Annual statistical returns and brief notes on vaccination in Bengal - 1887-1898
Year: 1887
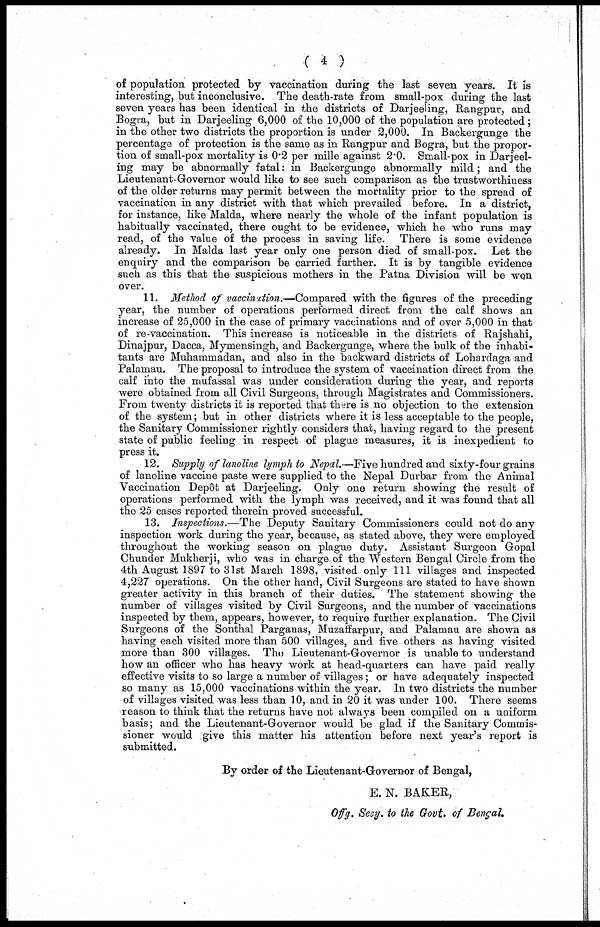
(4)
of population protected by vaccination during the last seven years. It is
interesting, but inconclusive. The death-rate from small-pox during the last
seven years has been identical in the districts of Darjeeling, Rangpur, and
Bogra, but in Darjeeling 6,000 of the 10,000 of the population are protected;
in the other two districts the proportion is under 2,000. In Backergunge the
percentage of protection is the same as in Rangpur and Bogra, but the propor-
tion of small-pox mortality is 0.2 per mille against 2.0. Small-pox in Darjeel-
ing may be abnormally fatal: in Backergunge abnormally mild; and the
Lieutenant Governor would like to see such comparison as the trustworthiness
of the older returns may permit between the mortality prior to the spread of
vaccination in any district with that which prevailed before. In a district,
for instance, like Malda, where nearly the whole of the infant population is
habitually vaccinated, there ought to be evidence, which he who runs may
read, of the value of the process in saving life. There is some evidence
already. In Malda last year only one person died of small-pox. Let the
enquiry and the comparison be carried further. It is by tangible evidence
such as this that the suspicious mothers in the Patna Division will be won
over.
11. Method of vaccination.—Compared with the figures of the preceding
year, the number of operations performed direct from the calf shows an
increase of 25,000 in the case of primary vaccinations and of over 5,000 in that
of re-vaccination. This increase is noticeable in the districts of Rajshahi,
Dinajpur, Dacca, Mymensingh, and Backergunge, where the bulk of the inhabi-
tants are Muhammadan, and also in the backward districts of Lohardaga and
Palamau. The proposal to introduce the system of vaccination direct from the
calf into the mufassal was under consideration during the year, and reports
were obtained from all Civil Surgeons, through Magistrates and Commissioners.
From twenty districts it is reported that there is no objection to the extension
of the system; but in other districts where it is less acceptable to the people,
the Sanitary Commissioner rightly considers that, having regard to the present
state of public feeling in respect of plague measures, it is inexpedient to
press it.
12. Supply of lanoline lymph to Nepal.—Five hundred and sixty-four grains
of lanoline vaccine paste were supplied to the Nepal Durbar from the Animal
Vaccination Depôt at Darjeeling. Only one return showing the result of
operations performed with the lymph was received, and it was found that all
the 25 cases reported therein proved successful.
13. Inspections.—The Deputy Sanitary Commissioners could not do any
inspection work during the year, because, as stated above, they were employed
throughout the working season on plague duty. Assistant Surgeon Gopal
Chunder Mukherji, who was in charge of the Western Bengal Circle from the
4th August 1897 to 31st March 1898, visited only 111 villages and inspected
4,227 operations. On the other hand, Civil Surgeons are stated to have shown
greater activity in this branch of their duties. The statement showing the
number of villages visited by Civil Surgeons, and the number of vaccinations
inspected by them, appears, however, to require further explanation. The Civil
Surgeons of the Sonthal Parganas, Muzaffarpur, and Palamau are shown as
having each visited more than 500 villages, and five others as having visited
more than 300 villages. The Lieutenant-Governor is unable to understand
how an officer who has heavy work at head-quarters can have paid really
effective visits to so large a number of villages; or have adequately inspected
so many as 15,000 vaccinations within the year. In two districts the number
of villages visited was less than 10, and in 20 it was under 100. There seems
reason to think that the returns have not always been compiled on a uniform
basis; and the Lieutenant-Governor would be glad if the Sanitary Commis-
sioner would give this matter his attention before next year's report is
submitted.
By order of the Lieutenant-Governor of Bengal,
E. N. BAKER,
Offg. Secy. to the Govt. of Bengal.